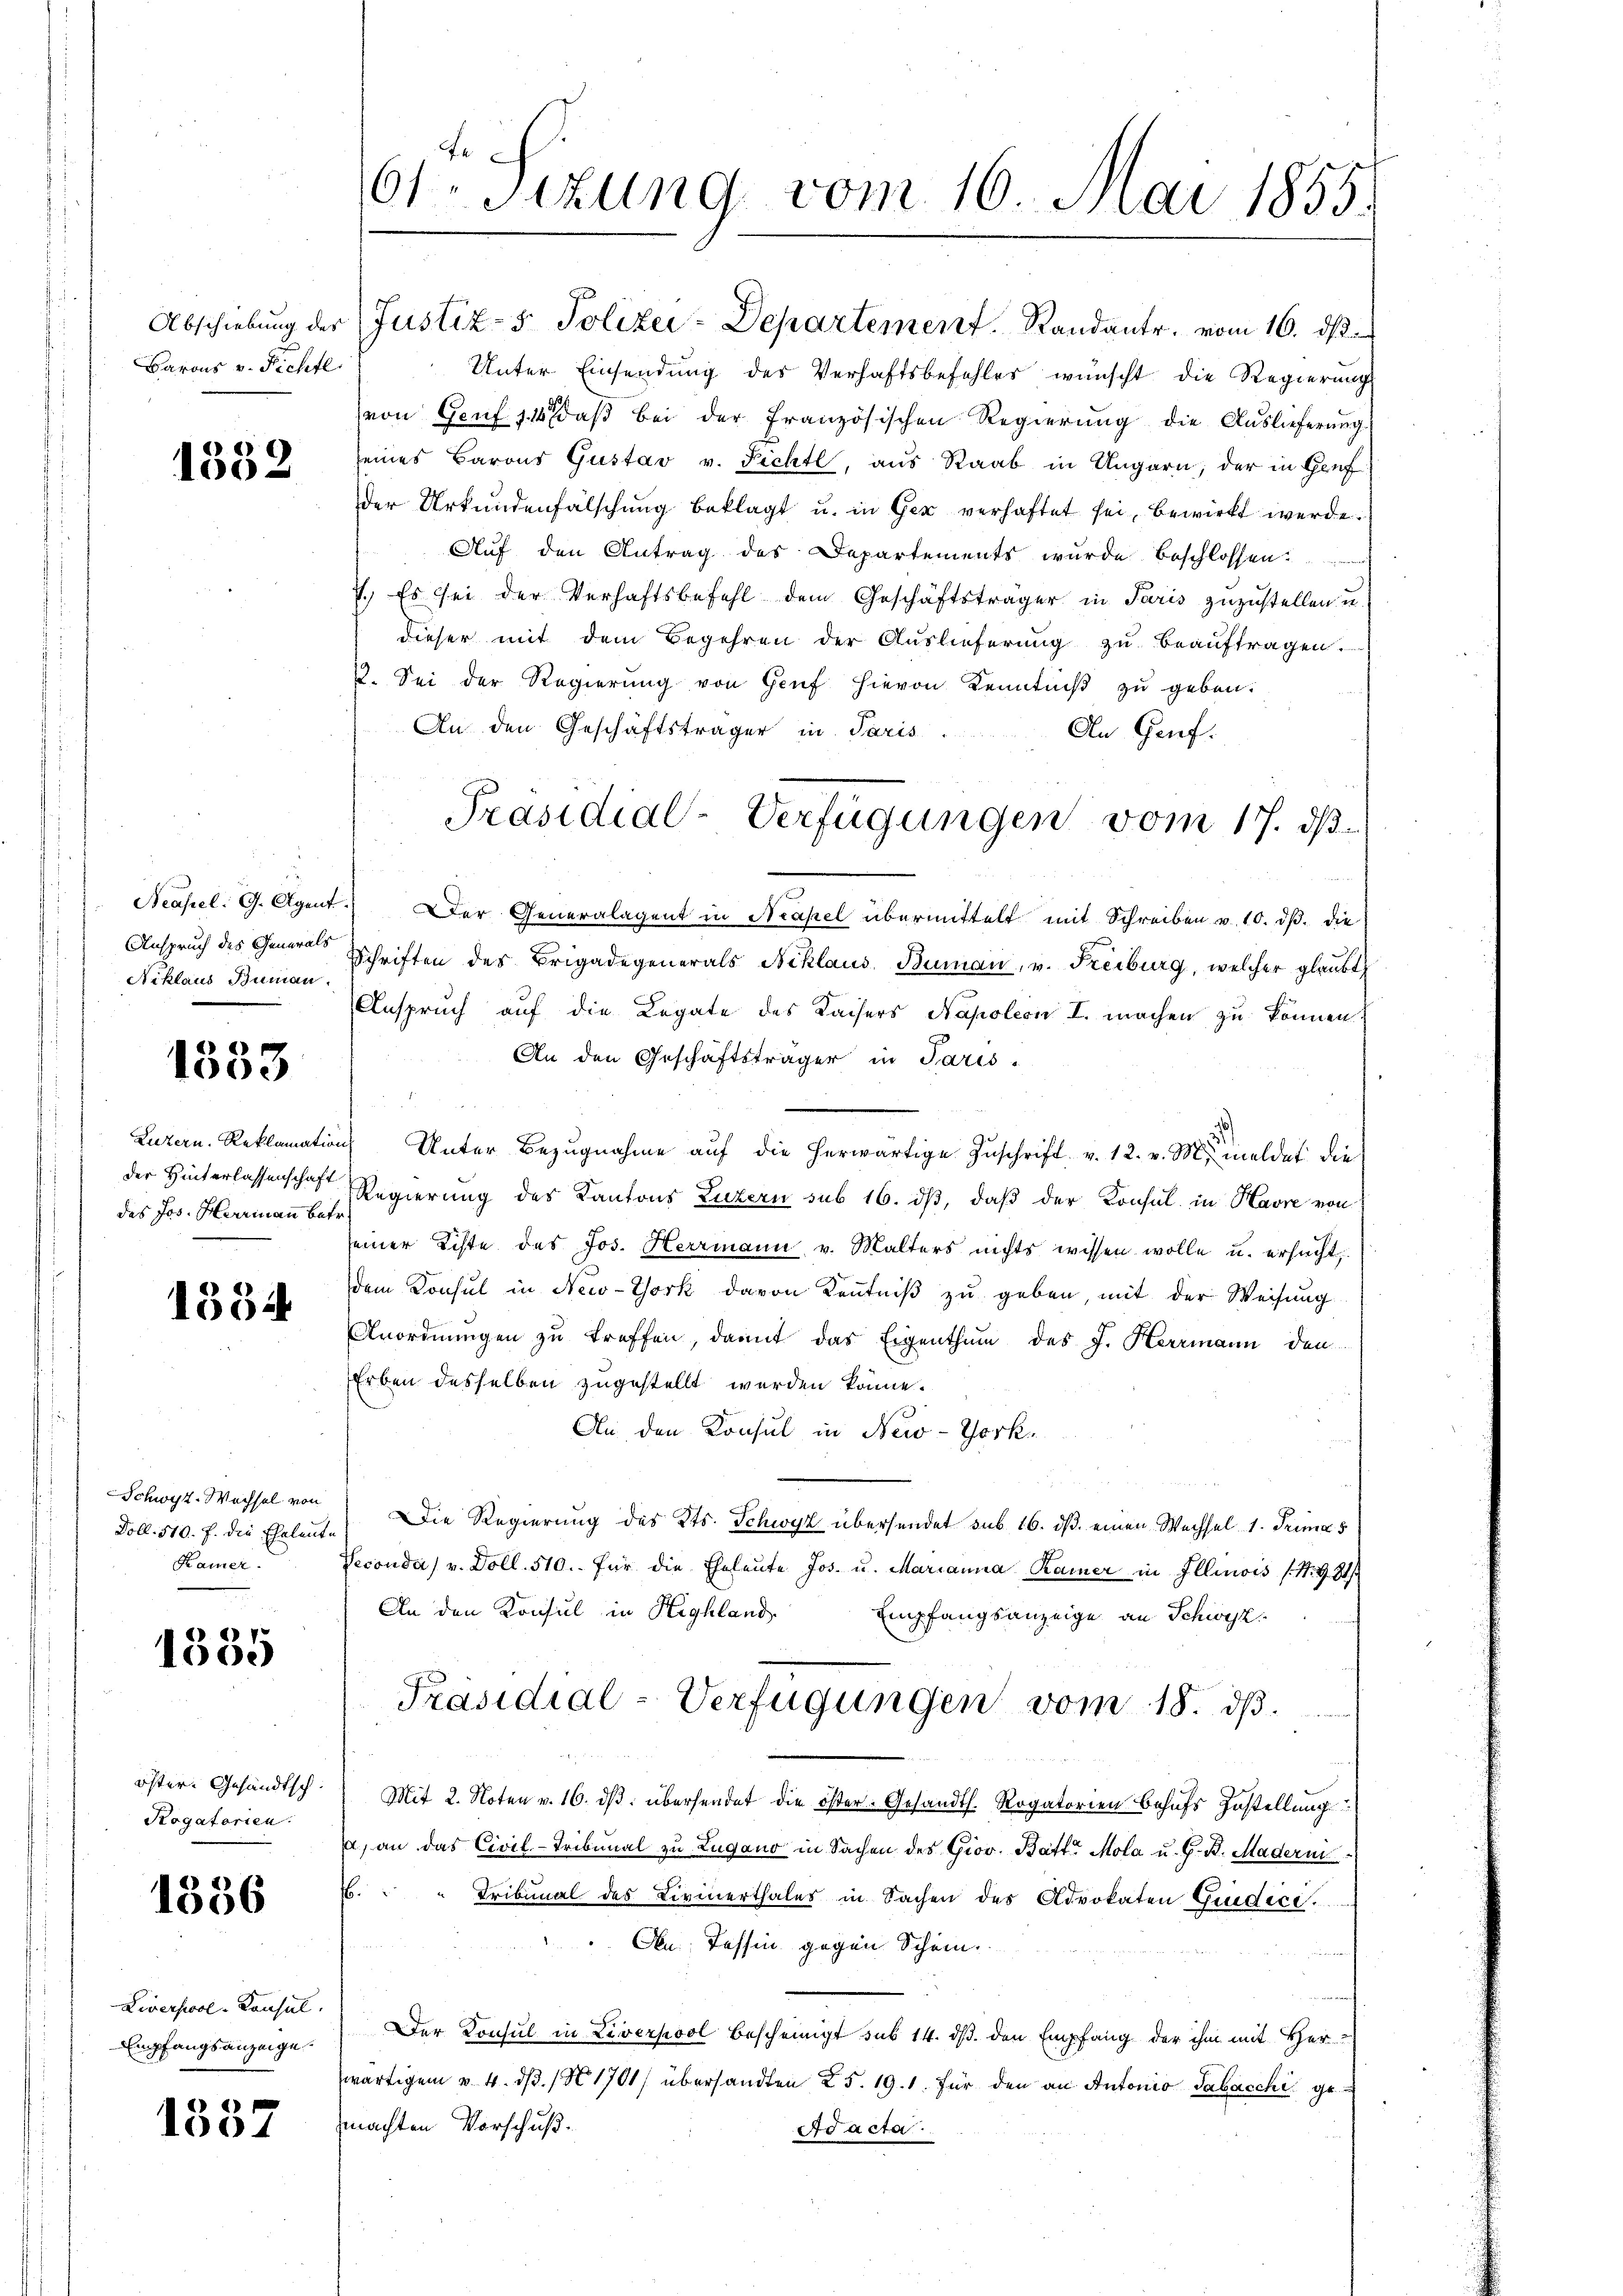
Barons v. Fichtl.

1332

Anspruch des Generals
Niklaus Buman.

) 2)
1000

des Jos. Herrmann betr.

1534

Schwyt-Wechsel von
Doll. 510. f. die Eheleut
Kamer.

7
1500

öster. Gesandtsch.
Kogatorien.

1336

Liverpool-Konsul
Empfangsanzeige.

1337

61 Sizung vom 16. Mai 1855.

Abschiebung der Justiz- & Polizei-Departement. Randante. vom 16. ds.
Unter Einsendung des Verhaftsbefehles wünscht die Regierung
von Genf 11 daβ bei der französischen Regierŭng die Auslieferung
seines Barons Gustav v. Richtl, aus Raab in Ungarn, der in Genf
der Urkundenfälschung beklagt u. in Ger verhaftet sei, bewirkt werde.
Auf den Antrag des Departements wurde beschlossen.
7.) Es sei der Verhaftsbefehl dem Geschäftsträger in Paris zuzustellen u.
dieser mit dem Begehren der Auslieferung zu beauftragen.
2. Sei der Regierung von Genf hievon Kenntniß zu geben.
An den Geschäftsträger in Paris
An Genf.
Neapel. G. Agent. Der Generalagent in Neapel übermittelt mit Schreiben v. 10. dβ. die
Schriften des Brigadegenerals Niklaus Buman, u. Freiburg, welcher glaubt
Anspruch auf die Legate des Kaisers Napoleon I. machen zu können.
An den Geschäftsträger in Paris.
Luzern Reklamation Unter Bezŭgnahme aŭf die herwärtige Zŭschrift v. 12. v. M. meldet die
der Hinterlassenschaft Regierung des Kantons Luzern sub 16. dβ, daß der Konsul in Havre von
seiner Echte des Jos. Herrmann v. Malters nichts wissen wolle u. ersucht
dem Konsul in New-York davon Kenntniß zu geben, mit der Weisung
Anordnungen zu treffen, damit das Eigenthum des J. Herrmann den
Erben desselben zugestellt werden könne.
An den Konsul in New-Yorkr
1) Die Regierung des Kts. Schwyz übersendet sub 16. ds. einen Wechsel 1. Primas
Seconda) v. Doll. 510. für die Eheleute Jos. u. Marianna Rainer in Illinois (S. 921/
An den Konsul in Highland Empfangsanzeige an Schwyz
Präsidial-Verfügungen vom 18. dβ.
Mit 2. Noten v. 16. dβ übersendet die öster-Gesandth. Rogatorien Behufs Zustellung
, an das Civil-Tribunal zu Lugano in Sachen des Giov. Batte Mola u. G. B. Maderni
.
Tribunal des Livinerthales in Sachen des Advokaten Giudice.
Obe Tessin gegen Schein.
Der Konsul in Liverpool bescheinigt sub 14. ds. den Empfang der ihm mit Her-
wärtigen u. 4. dβ. / N 1701/ übersandten 25. 19. 1. für den an Antonio Sabacchi gemachten Vorschuß.
Adacta.

Präsidial-Verfügungen vom 17. ds.